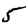
Digit: 5